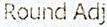
ROUND ADJ